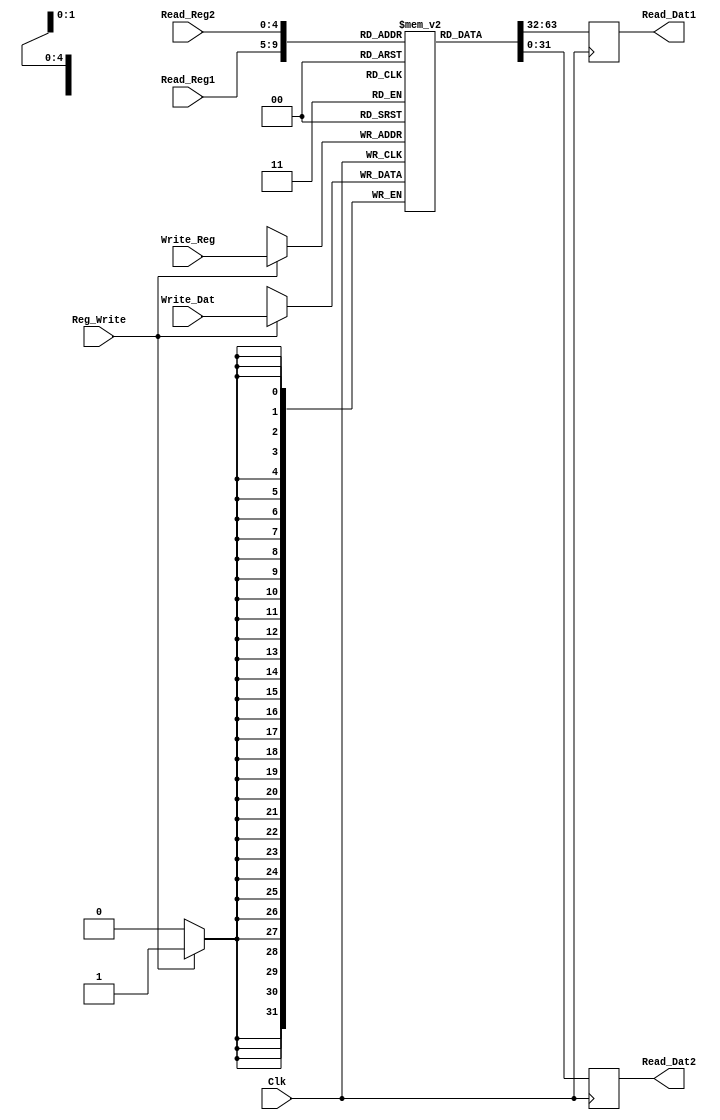
module Registers(Read_Reg1,Read_Reg2,Write_Reg,Write_Dat,Read_Dat1,Read_Dat2,Reg_Write,Clk);

input [4:0]
Read_Reg1,
Read_Reg2,
Write_Reg;

input [31:0]
Write_Dat;
		  
input 
Clk,
Reg_Write;

output [31:0]
Read_Dat1,
Read_Dat2;

reg [31:0]
Read_Dat1,
Read_Dat2;

reg [31:0] Register_file [31:0];

initial 
	begin
	 	Register_file[0]<=0;
		Register_file[1]<=0; 
		Register_file[2]<=0;
		Register_file[3]<=0;
		Register_file[4]<=0;
		Register_file[5]<=0;
		Register_file[6]<=0; 
		Register_file[7]<=0;
		Register_file[8]<=0;
		Register_file[9]<=0;
		Register_file[10]<=0;
		Register_file[11]<=0; 
		Register_file[12]<=0;
		Register_file[13]<=0;
		Register_file[14]<=0;
		Register_file[15]<=0;
		Register_file[16]<=0; 
		Register_file[17]<=0;
		Register_file[18]<=0;
		Register_file[19]<=0;
		Register_file[20]<=0;
		Register_file[21]<=0; 
		Register_file[22]<=0;
		Register_file[23]<=0;
		Register_file[24]<=0;
		Register_file[25]<=0;
		Register_file[26]<=0; 
		Register_file[27]<=0;
		Register_file[28]<=0;
		Register_file[29]<=0;
		Register_file[30]<=0;
		Register_file[31]<=0;
		
	end
	
always @ (negedge Clk)
	begin
		Read_Dat1=Register_file[Read_Reg1];
		Read_Dat2=Register_file[Read_Reg2];
	end
	

always @(posedge Clk)
	begin
		if (Reg_Write)
			begin
				Register_file[Write_Reg]=Write_Dat;
			end
			
	end
	


endmodule